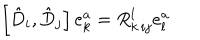
LaTeX: \left[ \hat { D } _ { i } , \hat { D } _ { j } \right] e _ { k } ^ { a } = R _ { k \, i j } ^ { l } e _ { l } ^ { a }